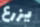
يزرع